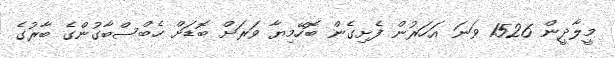
މީލާދީން 1526 ވަނަ އަހަރުން ފެށިގެން ބޮހޭމިޔާ ވަރަށް ބޮޑަށް ހެބްސްބާގުންގެ ބާރުގެ